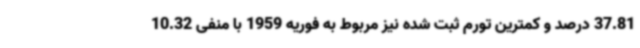
37.81 درصد و کمترین تورم ثبت شده نیز مربوط به فوریه 1959 با منفی 10.32